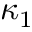
\kappa _ { 1 }